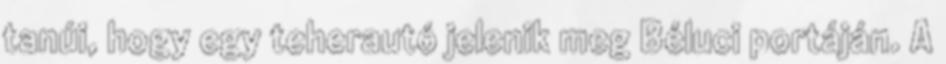
tanúi, hogy egy teherautó jelenik meg Béluci portáján. A